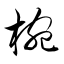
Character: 椀